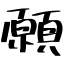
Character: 願